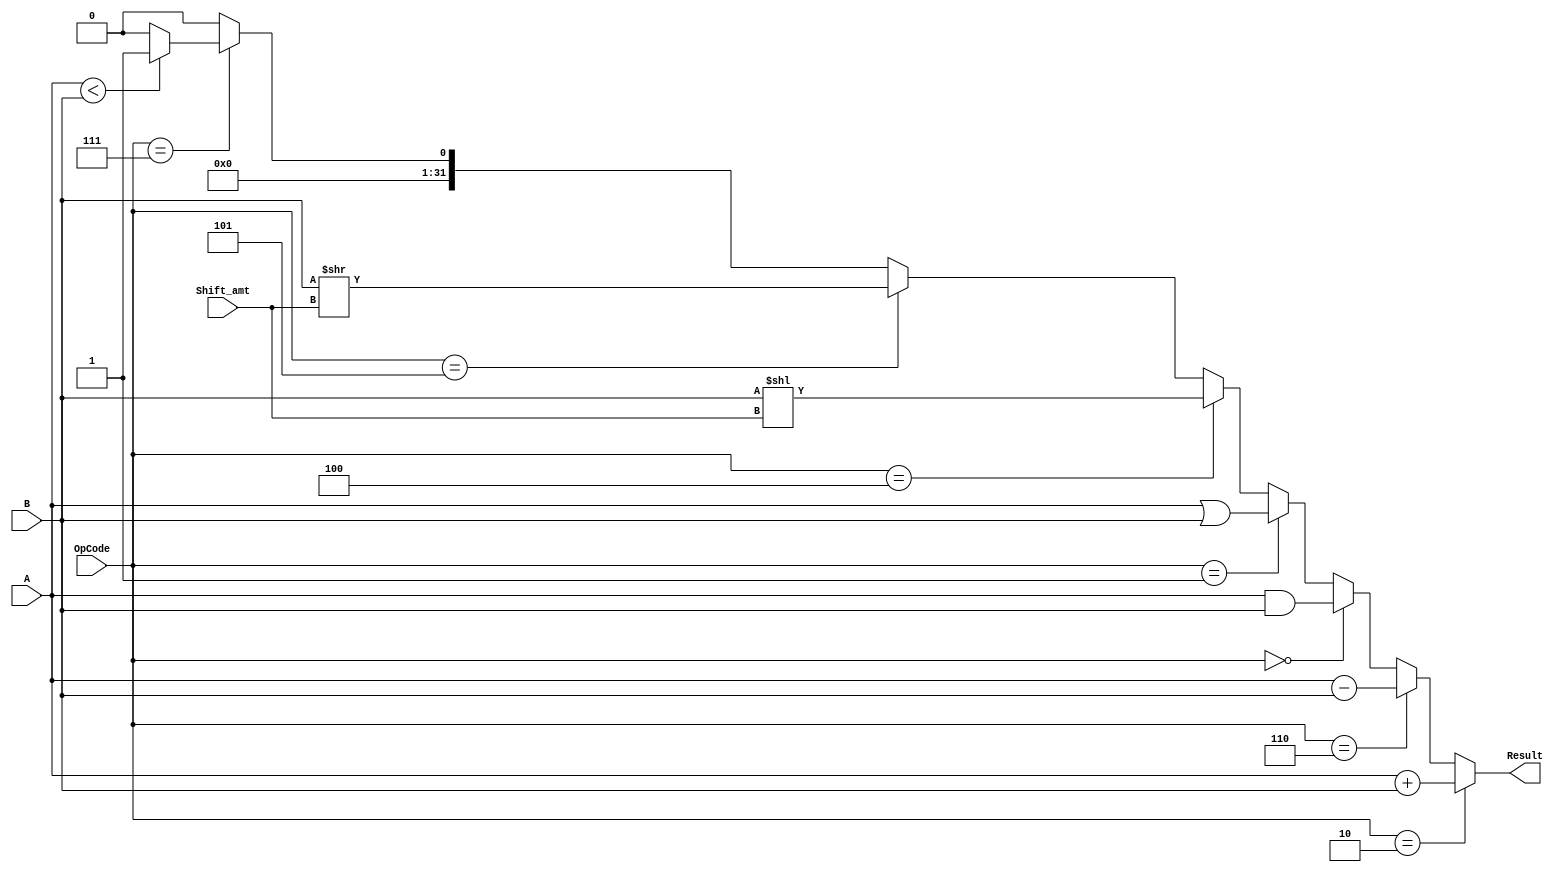
//ALU Operations (4 bits):

/*first project*/
//0000 Add
//0001 Sub	
//0010 And
//0011 OR
//0100 SLL
//0101 SRL
//0110 SRA
//0111 GreaterThan
//1000 LessThan


//0000 and
//0001 or
//0010 add
//0110 sub
//0111 slt
//1100 nor
//3 jr
//4 sll
//5 srl

// ALU inputs --> A(32 bits),B(32 bits),Mode(1 bit), OpCode(4 bits),Shift amount (no specified number of bits, not necessary)

//Mode=1 -->Signed
//Mode=0 -->Unsigned

//ALU outputs --> Result(32 bits) & Overflow (1 bit --> same as a flag ) 

module ALU(A,B,OpCode,Result,Shift_amt);

input wire [31:0] A,B;
//input wire [1:0] Mode;
input wire [3:0] OpCode; //coming from the ALU control unit
input wire [4:0] Shift_amt; //Instruction[10:6]
output wire [31:0] Result;
//output wire [1:0] Overflow;
wire [31:0] B_negated;
reg signed [31:0] A_signed;
reg signed [31:0] B_signed;

/*assign B_negated=-B; //used for overflow in case of subtraction
always@(Mode==1)
begin
A_signed<=A;
B_signed<=B;
end*/

/*inline cdns for all inputs and what they should result*/
assign Result =(OpCode==4'b0010)?(A+B):
//(OpCode==4'b0010)?(A_signed+B_signed):
(OpCode==4'b0110)?(A-B):
//(OpCode==4'b0110)?(A_signed-B_signed):
(OpCode==4'b0000)?(A&B):
(OpCode==4'b0001)?(A|B):
//(OpCode==4'b0001)?(A~|B): //not working

//((OpCode==4'd3))? (): //for jump reg
((OpCode==4'd4))? (B<<Shift_amt): //sll
((OpCode==4'd5))? (B>>Shift_amt): //srl
(OpCode==4'b0111)?((A<B)?32'd1:32'd0): //slt
(32'd0);

//assign zero_flag = (OpCode==4'b0110)&&(A-B==0)? 1:0;


endmodule